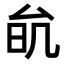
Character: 𠫮